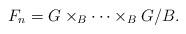
LaTeX: \begin{align*}F_n = G \times_B \cdots \times_B G/B.\end{align*}